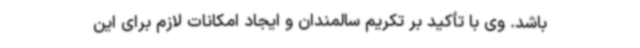
باشد. وی با تأکید بر تکریم سالمندان و ایجاد امکانات لازم برای این